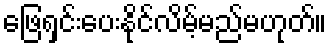
ဖြေရှင်းပေးနိုင်လိမ့်မည်မဟုတ်။